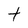
Character: t